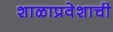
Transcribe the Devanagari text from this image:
शाळाप्रवेशाची